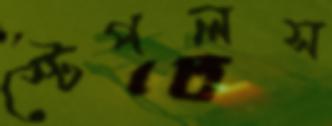
স্টেপলস